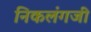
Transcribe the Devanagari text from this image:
निकलंगजी